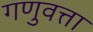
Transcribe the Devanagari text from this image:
गणुवत्ता